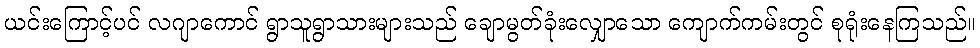
ယင်းကြောင့်ပင် လဂျာကောင် ရွာသူရွာသားများသည် ချောမွတ်ခုံးလျှောသော ကျောက်ကမ်းတွင် စုရုံးနေကြသည်။